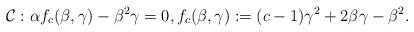
LaTeX: \begin{align*} \mathcal{C} : \alpha f_c(\beta,\gamma)-\beta^2\gamma = 0, f_c(\beta,\gamma) := (c-1)\gamma^2+2\beta\gamma-\beta^2.\end{align*}